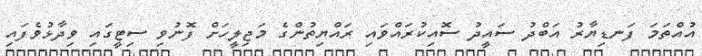
އުއްތަމަ ފަނޑިޔާރު އަބްދު ސައީދު ސޮއިކުރައްވައި ރައްޔިތުންގެ މަޖިލީހަށް ފޮނުވި ސިޓީގައި ވިދާޅުވެފައި